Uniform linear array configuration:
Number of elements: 64
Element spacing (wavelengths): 1
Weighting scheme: blackman
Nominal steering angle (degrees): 45
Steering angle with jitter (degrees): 46.613
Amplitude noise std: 0.05
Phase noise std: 0.05

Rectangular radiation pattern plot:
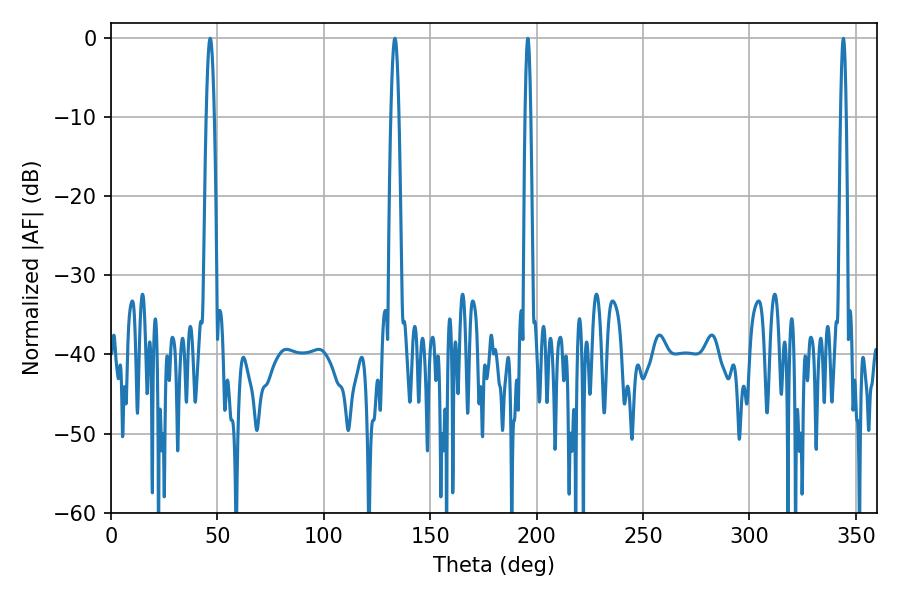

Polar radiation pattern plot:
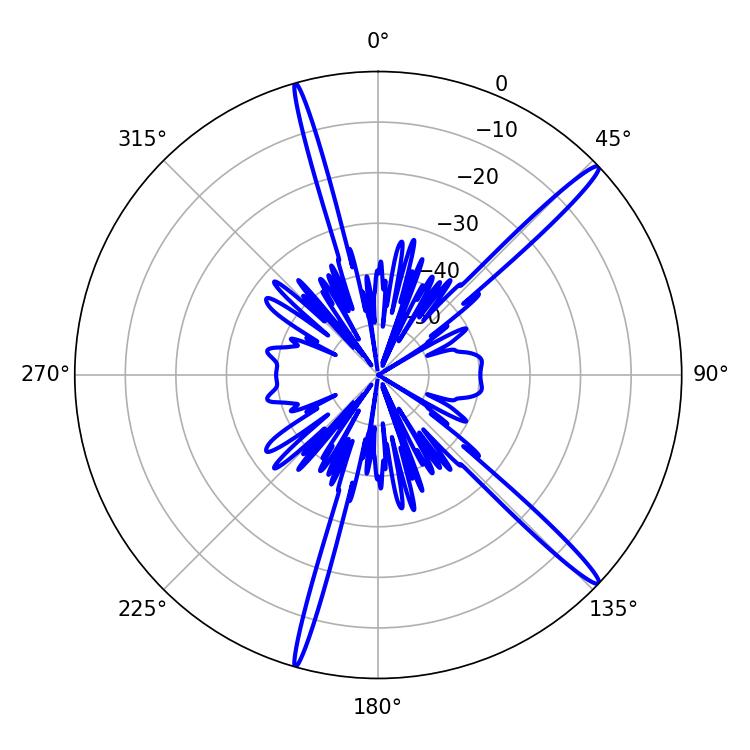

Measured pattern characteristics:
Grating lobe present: TRUE
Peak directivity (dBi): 16.733
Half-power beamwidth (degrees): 1.98
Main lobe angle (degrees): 46.62